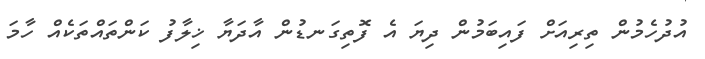
އުދުހެމުން ތިރިއަށް ފައިބަމުން ދިޔަ އެ ފޮތިގަނޑުން އާދަޔާ ޚިލާފު ކަންތައްތަކެއް ހާމަ